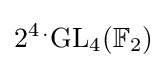
2^{4\,.}\mathrm {GL} _{4}(\mathbb {F} _{2})